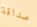
صداقة